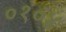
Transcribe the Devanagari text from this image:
०१०४